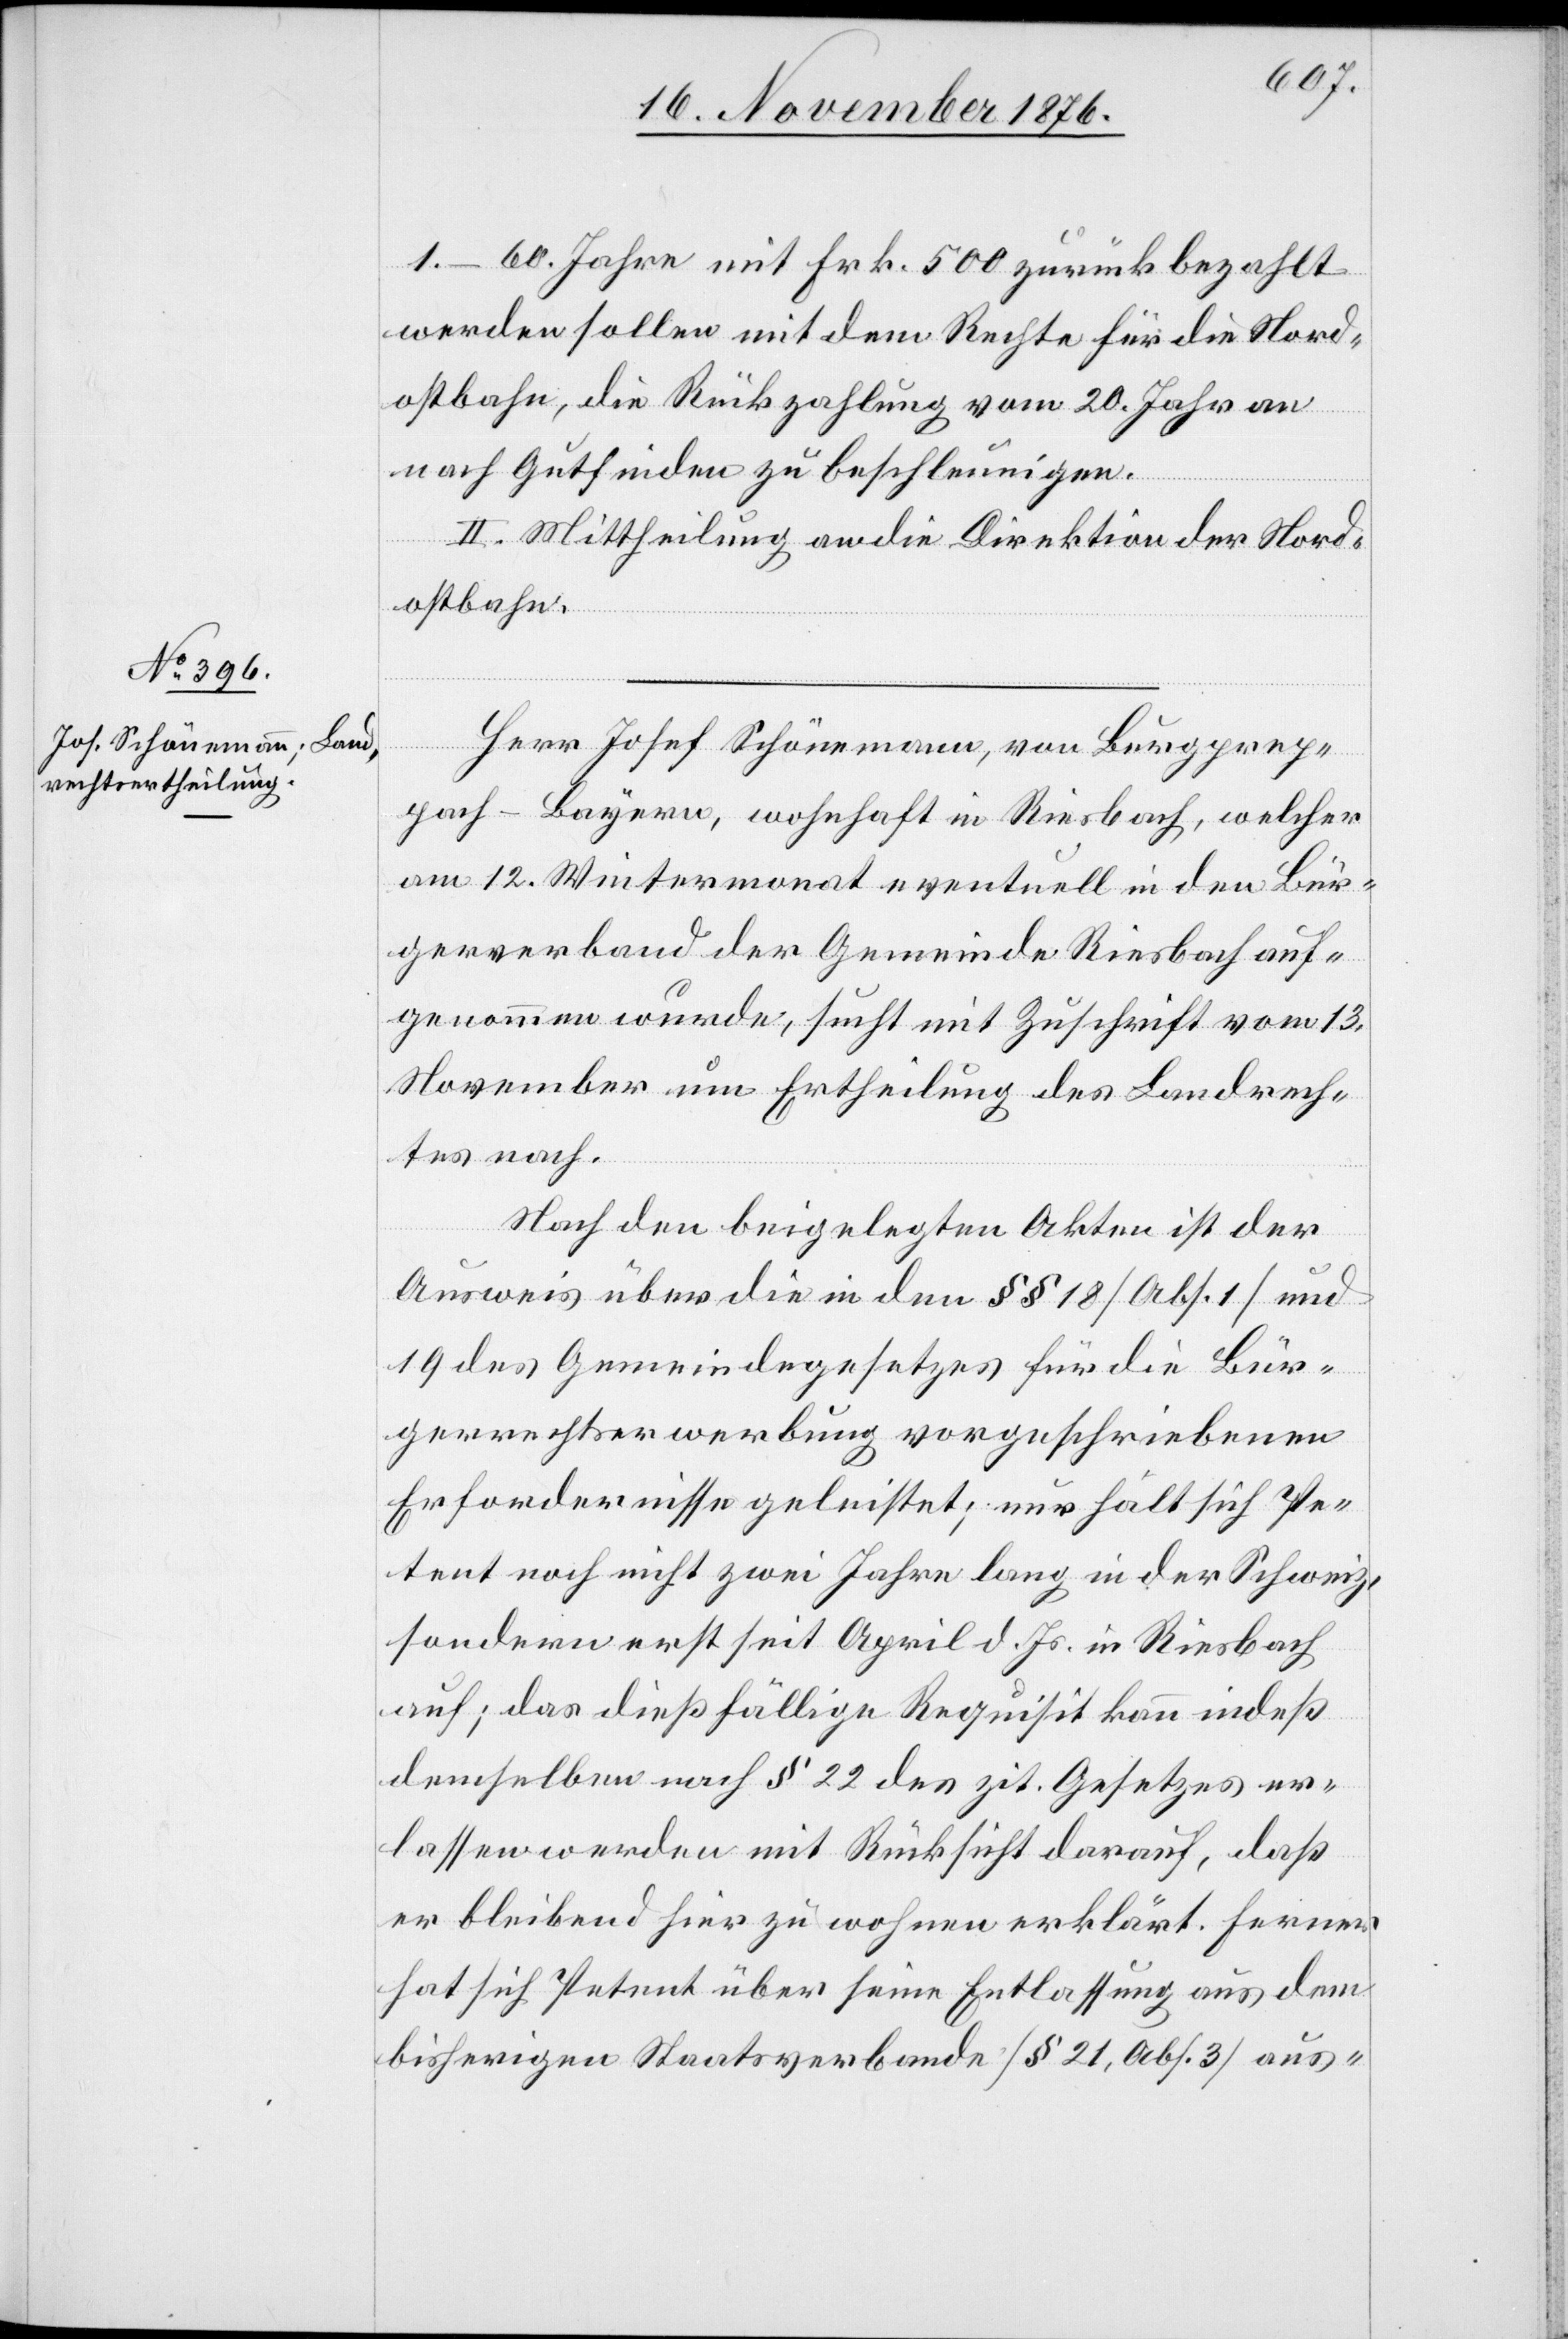
1.–60. Jahre mit Frk. 500 zurückbezahlt
werden sollen mit dem Rechte für die Nord¬
ostbahn, die Rückzahlung vom 20. Jahr an
nach Gutfinden zu beschleunigen.
II. Mittheilung an die Direktion der Nord¬
ostbahn.